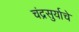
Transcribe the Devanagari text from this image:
चंद्रसुर्याचे